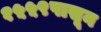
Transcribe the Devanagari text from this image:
१५५९पासून